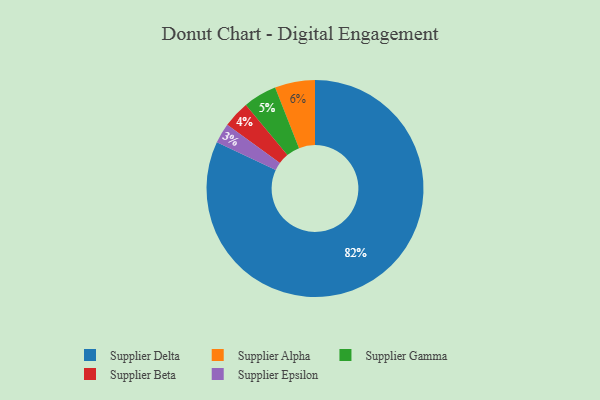
{"axis": {"x": "Category", "y": "Percentage"}, "legend": ["Supplier Alpha", "Supplier Beta", "Supplier Delta", "Supplier Epsilon", "Supplier Gamma"], "data": [{"x": "Supplier Alpha", "y": 6, "type": "Supplier Alpha"}, {"x": "Supplier Gamma", "y": 5, "type": "Supplier Gamma"}, {"x": "Supplier Delta", "y": 82, "type": "Supplier Delta"}, {"x": "Supplier Epsilon", "y": 3, "type": "Supplier Epsilon"}, {"x": "Supplier Beta", "y": 4, "type": "Supplier Beta"}]}